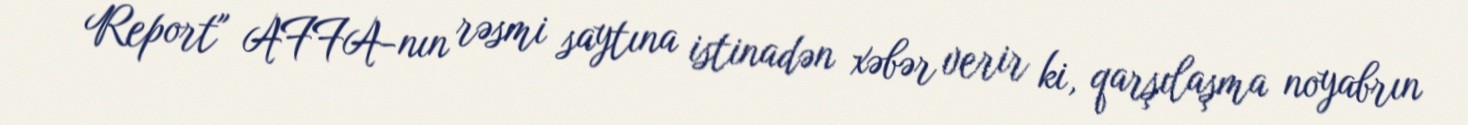
Report" AFFA-nın rəsmi saytına istinadən xəbər verir ki, qarşılaşma noyabrın